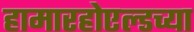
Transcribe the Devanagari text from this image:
हामारहोएल्डच्या